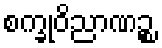
စက္ခုဝိညာဏဉ္စ